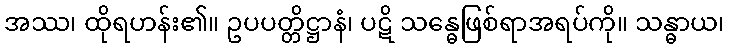
အဿ၊ ထိုရဟန်း၏။ ဥပပတ္တိဋ္ဌာနံ၊ ပဋိ သန္ဓေဖြစ်ရာအရပ်ကို။ သန္ဓာယ၊